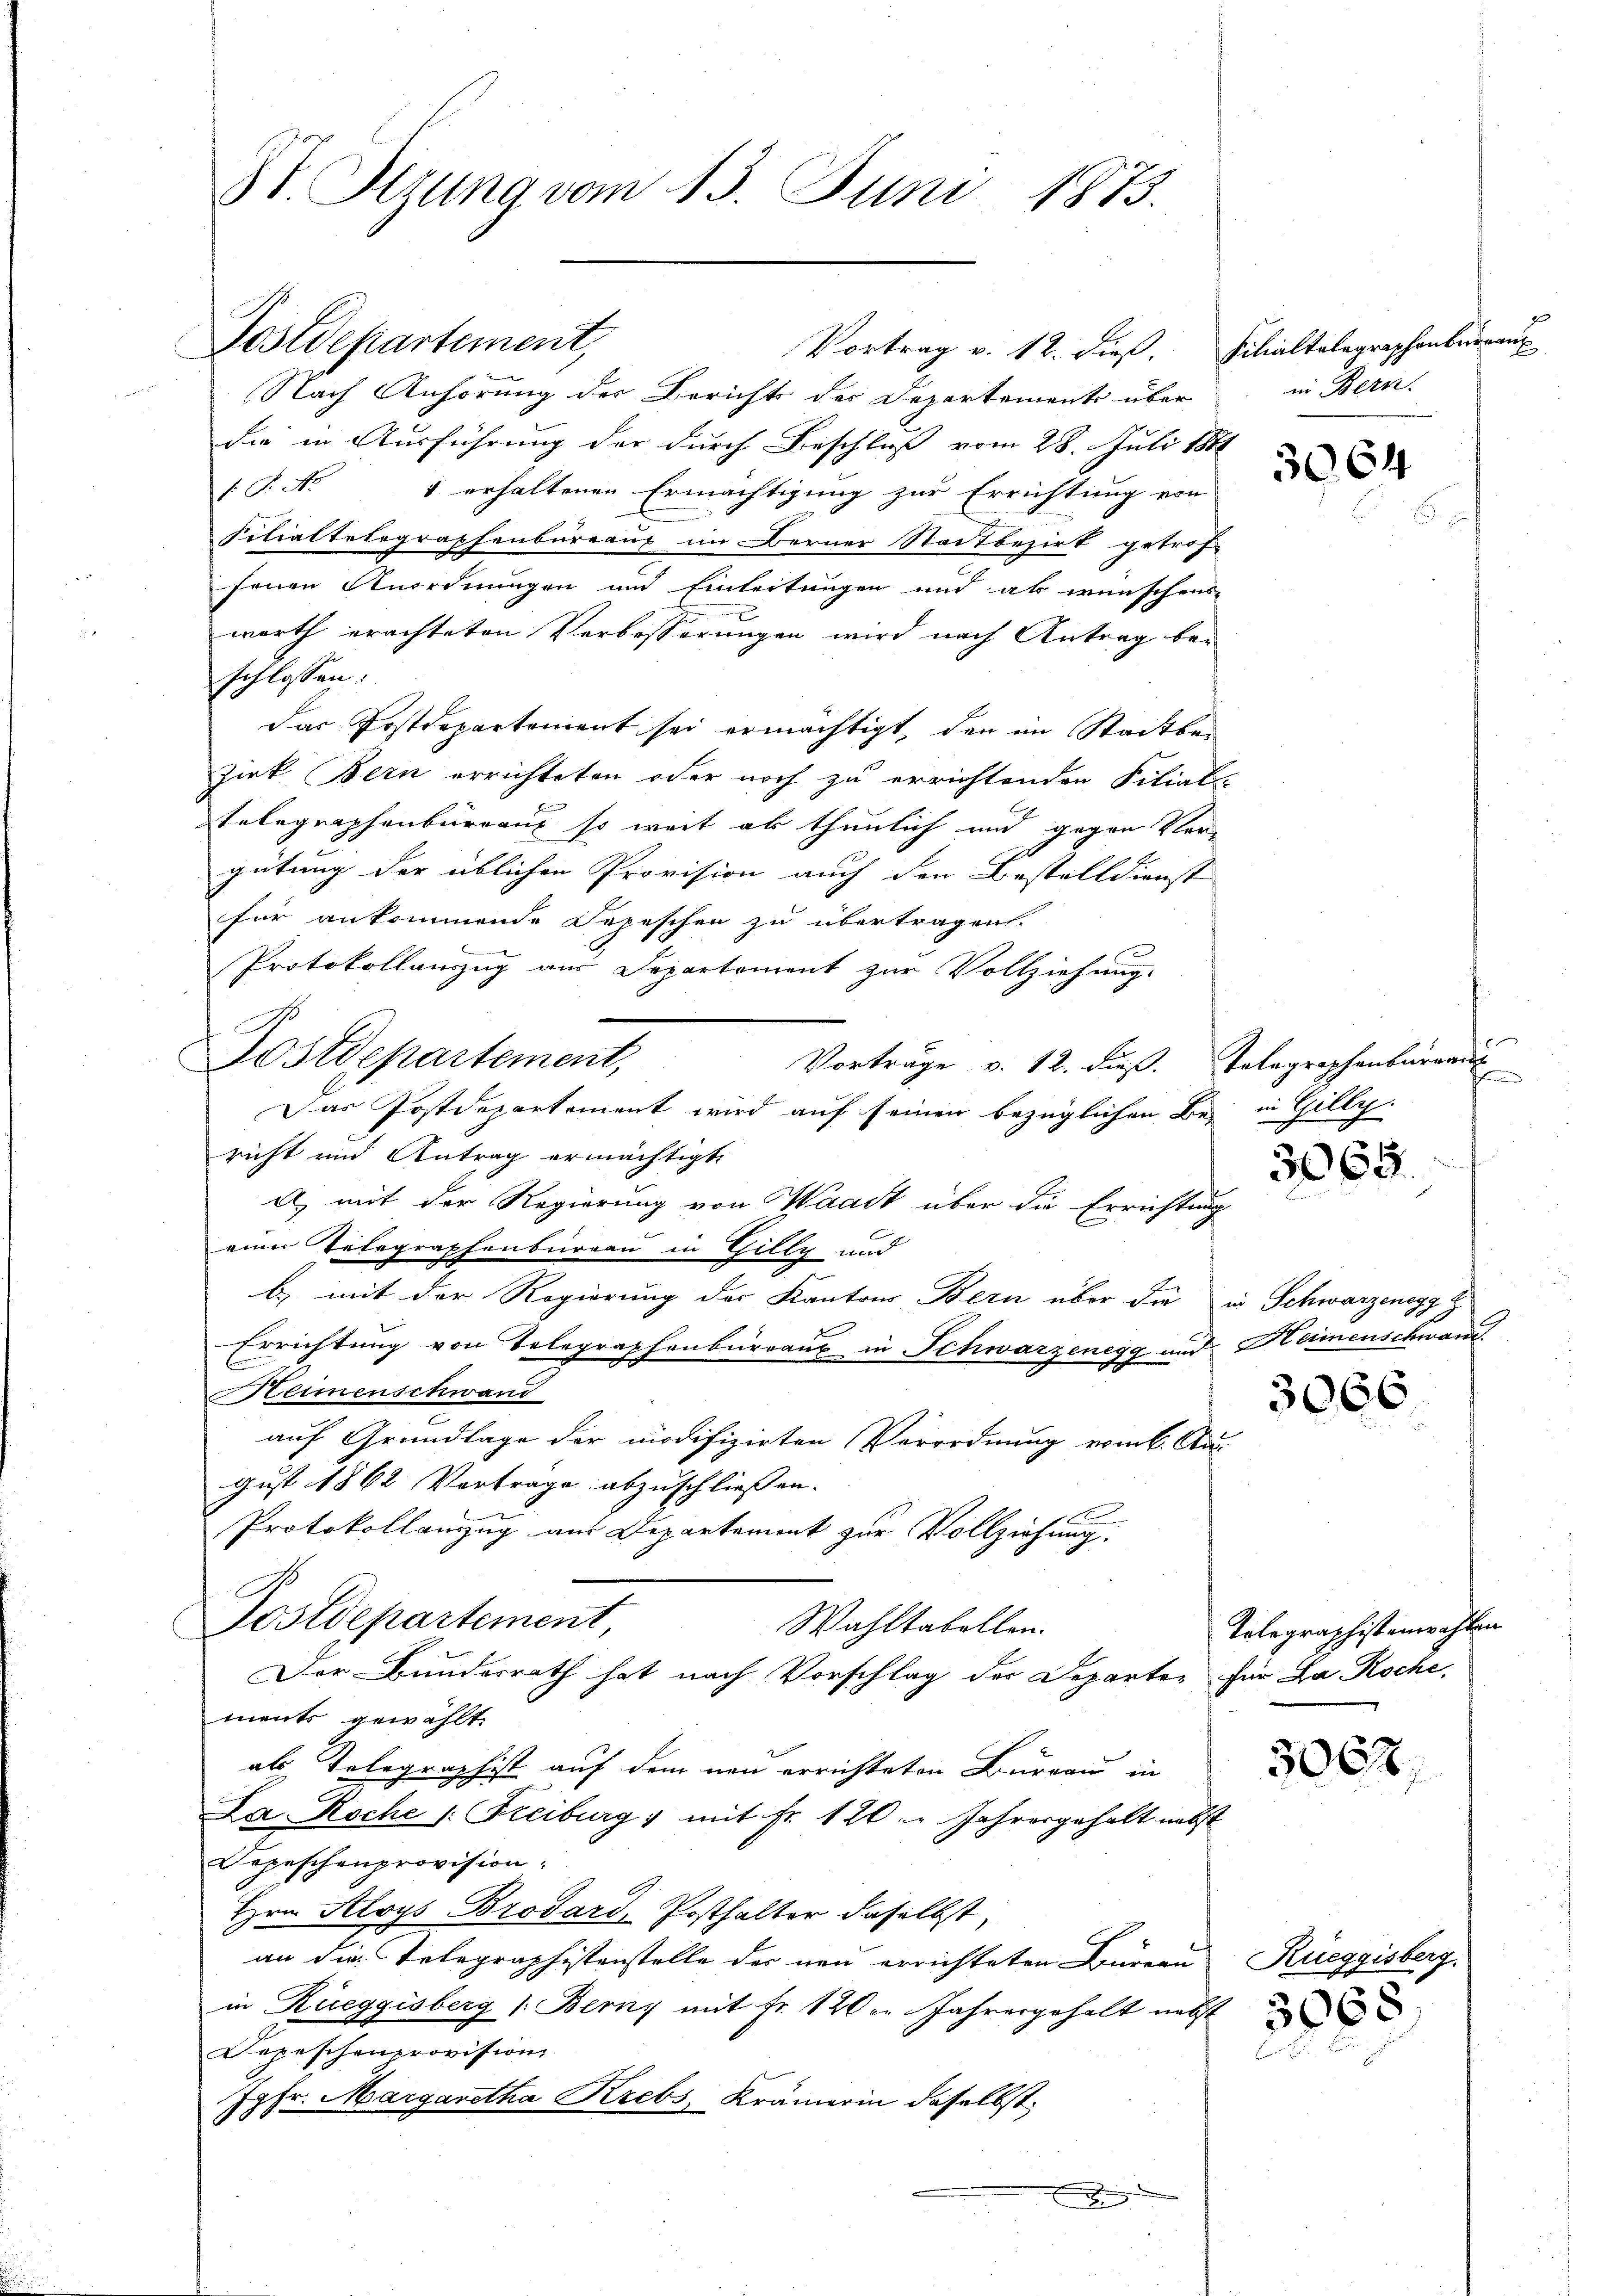
81 Sezung vom 13. Juni 1873.

Nach Anhörung der Berichts der Departements über
die in Ausführung der durch Beschluß vom 28. Juli
P. Nr. 1 erhaltenen Ermächtigung zur Errichtung von
Filialtetographenbureaus im Berner Stadtbezirk getro-
fenen Anordnungen und Einleitungen und als wünschen
werth erachteten Verbesserungen wird nach Antrag bei
schlossen:
Das Postdepartement sei ermächtigt, den im Stadtbe¬
Jirk Bern errichteten oder noch zu errichtenden Filial-
Telegraphenbureau so weit als thunlich und gegen Plagütung der üblichen Provision auch den Bestelldienst
für ankommende Depeschen zu übertragen.
Protokollauszug aus Departement zur Vollziehung.
G
Postdepartement,
Vorträge v. 12. dieß.
Das Postdepartement wird auf seinen bezüglichen B.
richt und Antrag ermächtigte
A) mit der Regierung von Waadt über die Errichte
einer Telegraphenburgau in Gilly und
b) mit der Regierung des Kantons Bern über die
Errichtung von Telegraphenbureaux in Schwarzenegg um
Keimenschwand
auf Grundlage der modifizirten Verordnung vom 6. A
gust 1862 Vortrage abzuschließen.
Protokollauszug aus Departemont zur Vollziehung.
Postdepartement
Wahltabellen.
Der Bundesrath hat nach Vorschlag der Departe-
ments gewählt.
als Telegraphist auf dem neu errichteten Bureau in
La Roche |: Freiburg) mit Fr. 120 u. Jahresgehalt unt
Depeschenprovision:
Hrn. Aloys Brodard, Posthalter daselbst,
an die Telegraphistenstelle der neu errichteten Büreau
in Rüeggisberg (Berny mit Fr. 120 in Jahresgehalt nach
Depeschenprovision
Jgfr. Margaretha Krebs, Krämerin daselbst

Postdepartement,

Vortrag v. 12. dieß.

.

c
.
f
c
c

Filialtalegraphenbureaux
in Bern.

u

3064

Telegraphenburgaus
f
u in Gillch
5069.

in Schwarzenegg z
Heimenschwand.

3066

Telegraphistenwahlen
für La Roche.

3062

Rueggisberg.
3068.